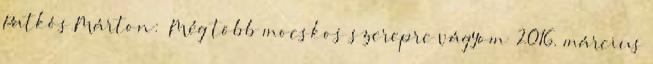
Patkós Márton: „Még több mocskos szerepre vágyom” 2016. március